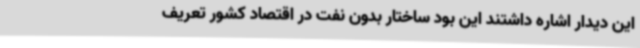
این دیدار اشاره داشتند این بود ساختار بدون نفت در اقتصاد کشور تعریف